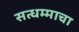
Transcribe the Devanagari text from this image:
सत्धम्माचा